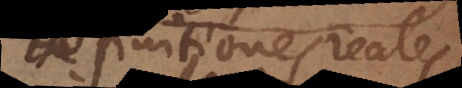
Definitiones reales